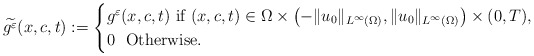
\begin{align*}\widetilde{g^{\varepsilon}}(x,c,t):=\begin{cases}g^{\varepsilon}(x,c,t)\,\,\mbox{if}\,\,(x,c,t)\in\Omega\times\left(-\|u_{0}\|_{L^{\infty}\left(\Omega\right)},\|u_{0}\|_{L^{\infty}\left(\Omega\right)}\right)\times(0,T),\\0\,\,\,\,\mbox{Otherwise}.\end{cases}\end{align*}